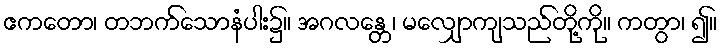
ဧကတော၊ တဘက်သောနံပါး၌။ အဂလန္တေ၊ မလျှောကျသည်တို့ကို။ ကတွာ၊ ၍။